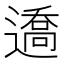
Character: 䢪